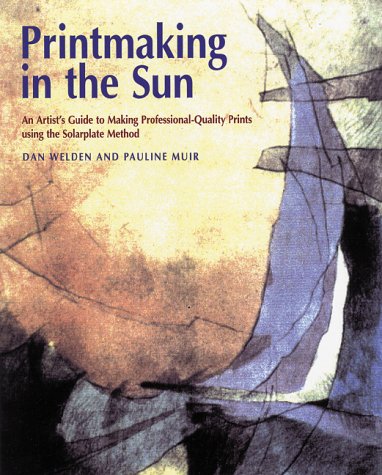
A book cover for Printmaking in the Sun; Dan Welden; Arts & Photography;